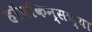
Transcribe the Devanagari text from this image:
हॉपकिन्सच्या